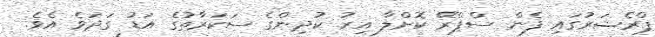
ޕްރެޝަރުގައި ފެން ސްޕްރޭ ކޮށްލާ އިރު ކުދިންގެ ސަކަރާތުގެ އަޑު ގަދަވެ އެވެ.